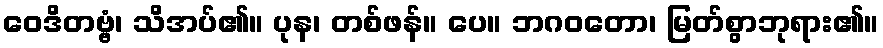
ဝေဒိတဗ္ဗံ၊ သိအပ်၏။ ပုန၊ တစ်ဖန်။ ပေ။ ဘဂဝတော၊ မြတ်စွာဘုရား၏။